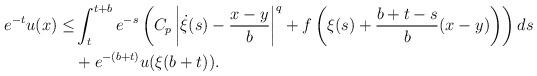
LaTeX: \begin{align*}\begin{aligned} e^{-t}u(x) \leq & \int_t^{t+b}e^{-s}\left(C_p \left|\dot{\xi}(s)-\frac{x-y}{b}\right|^q+f\left(\xi(s)+\frac{b+t-s}{b}(x-y)\right)\right)ds\\& +e^{-(b+t)} u(\xi(b+t)).\end{aligned}\end{align*}